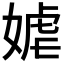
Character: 𱙞